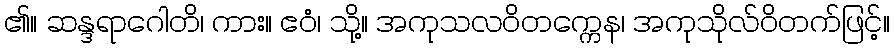
၏။ ဆန္ဒရာဂေါတိ၊ ကား။ ဧဝံ၊ သို့။ အကုသလဝိတက္ကေန၊ အကုသိုလ်ဝိတက်ဖြင့်။